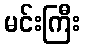
မင်းကြီး